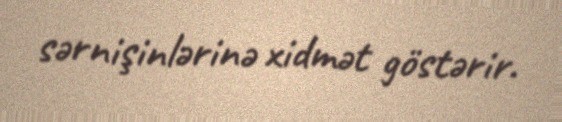
sərnişinlərinə xidmət göstərir.